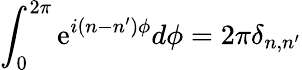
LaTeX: \int_{0}^{2\pi}\mathrm{e}^{i(n-n^{\prime})\phi}d\phi=2\pi\delta_{n,n^{\prime}}